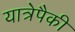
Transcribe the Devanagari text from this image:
यात्रेपैकी